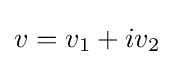
v=v_{1}+iv_{2}